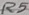
Text: R5